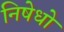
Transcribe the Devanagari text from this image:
निषेधो